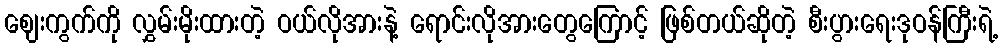
ဈေးကွက်ကို လွှမ်းမိုးထားတဲ့ ဝယ်လိုအားနဲ့ ရောင်းလိုအားတွေကြောင့် ဖြစ်တယ်ဆိုတဲ့ စီးပွားရေးဒုဝန်ကြီးရဲ့